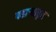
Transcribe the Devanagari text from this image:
पहार्‍यातून